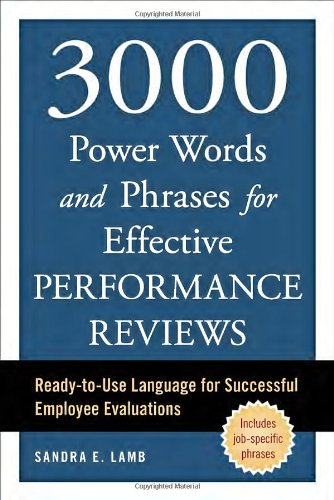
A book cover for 3000 Power Words and Phrases for Effective Performance Reviews: Ready-to-Use Language for Successful Employee Evaluations; Sandra E. Lamb; Business & Money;